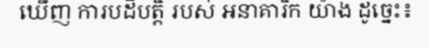
ឃើញ ការបដិបត្តិ របស់ អនាគារិក យ៉ាង ដូច្នេះ៖